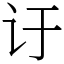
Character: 𬣙